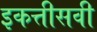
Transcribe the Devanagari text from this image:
इकत्तीसवी